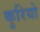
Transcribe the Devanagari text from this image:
कुरियो